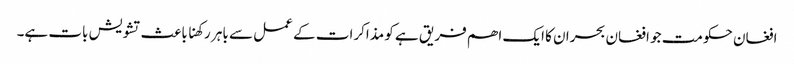
افغان حکومت جو افغان بحران کا ایک اھم فریق ہے کو مذاکرات کے عمل سے باہر رکھنا باعث تشویش بات ہے۔